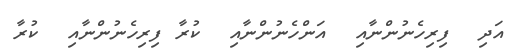
އަދި  ފިރިހެނުންނާއި  އަންހެނުންނާއި  ކުރާ ފިރިހެނުންނާއި  ކުރާ